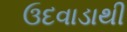
ઉદવાડાથી